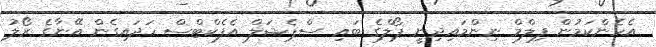
އެހެންކަމުން ފިލްމް ނިންމައިދިނީ ޕޯލްގެ ބައި ސްޕެޝަލް އެފެކްޓްސް ހަދައިގެން އޭނާގެ ރޯލު